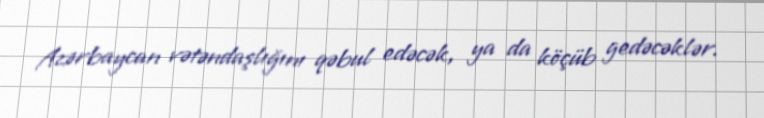
Azərbaycan vətəndaşlığını qəbul edəcək, ya da köçüb gedəcəklər.